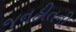
જનહીતની